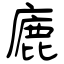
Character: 廘